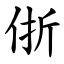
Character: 㑜